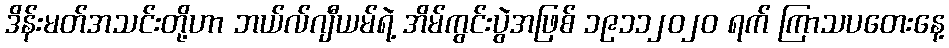
ဒိန်းမတ်အသင်းတို့ဟာ ဘယ်လ်ဂျီယမ်ရဲ့ အိမ်ကွင်းပွဲအဖြစ် ၁၉၁၁၂၀၂၀ ရက် ကြာသပတေးနေ့